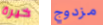
خيرة مزدوج